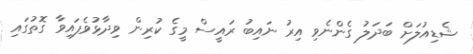
ޝެޑިއުލަށް ބަދަލު ގެންނެވި އިރު ނައިބު ރައީސް މީގެ ކުރިން ވިދާޅުވެފައިވާ ގޮތުގައި